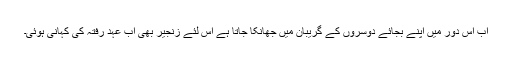
اب اس دور میں اپنے بجائے دوسروں کے گریبان میں جھانکا جاتا ہے اس لئے زنجیر بھی اب عہدِ رفتہ کی کہانی ہوئی۔